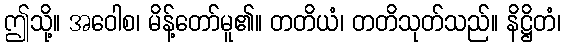
ဤသို့။ အဝေါစ၊ မိန့်တော်မူ၏။ တတိယံ၊ တတိသုတ်သည်။ နိဋ္ဌိတံ၊